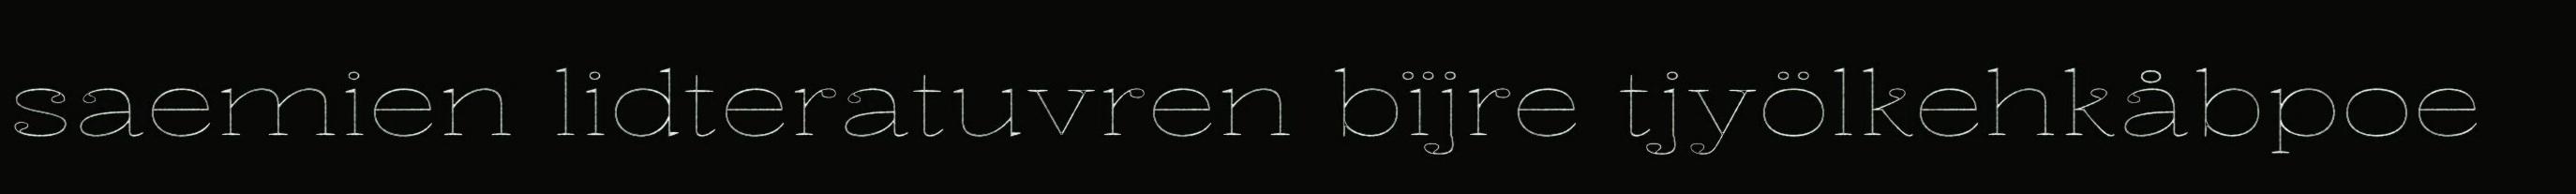
saemien lidteratuvren bïjre tjyölkehkåbpoe